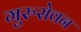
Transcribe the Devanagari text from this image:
गुरुसेवन